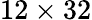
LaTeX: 12\times 32